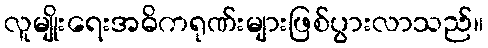
လူမျိုးရေးအဓိကရုဏ်းများဖြစ်ပွားလာသည်။